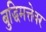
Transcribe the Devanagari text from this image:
बुद्धिमत्तेवर